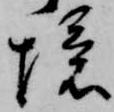
境